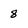
Character: 8